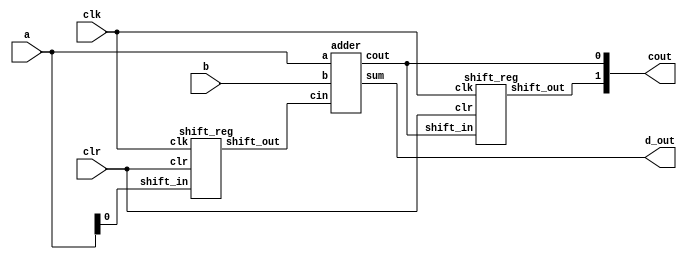
// Creating a scaleable adder


module adder_FFs(a,b,clk,clr,d_out,cout);

input [127:0] a,b;
output [127:0] d_out;
input clr, clk;
output [1:0]cout;

shift_reg sf1(.shift_in(a[0]),.clk(clk),.clr(clr),.shift_out(s_out_w));
adder ad1(.a(a),.b(b),.cin(s_out_w),.sum(d_out),.cout(cout[0]));
shift_reg sf2(.shift_in(cout[0]),.clk(clk),.clr(clr),.shift_out(cout[1]));


endmodule

module adder(cout, sum, a, b, cin);
parameter size = 128;  /* declare a parameter. default required */
output cout;
output [size-1:0] sum; 	 // sum uses the size parameter
input cin;
input [size-1:0] a, b;  // 'a' and 'b' use the size parameter

assign {cout, sum} = a + b + cin;

endmodule

module shift_reg #( parameter size = 128 ) (shift_in, clk, clr, shift_out);

   // Port Declaration
   input   shift_in;
   input   clk;
   input   clr;
   output  shift_out;
   
   reg [ size:0 ] shift; // shift register  
   
    always @ (posedge clk or posedge clr)
     begin
	if (clr)
          shift = 0;	  	
	else 
	  shift = { shift[size-1:0] , shift_in } ;	
     end
   
   assign shift_out = shift[size];   
   
endmodule